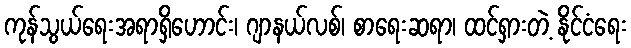
ကုန်သွယ်ရေးအရာရှိဟောင်း၊ ဂျာနယ်လစ်၊ စာရေးဆရာ၊ ထင်ရှားတဲ့ နိုင်ငံရေး